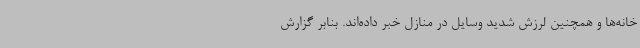
خانه‌ها و همچنین لرزش شدید وسایل در منازل خبر داده‌اند. بنابر گزارش